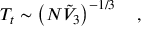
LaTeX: T _ { t } \sim \left( N { \tilde { V } } _ { 3 } \right) ^ { - 1 / 3 } \quad ,